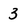
Character: 3